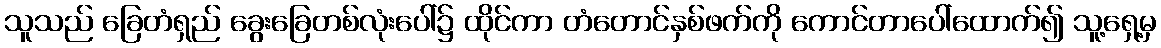
သူသည် ခြေတံရှည် ခွေးခြေတစ်လုံးပေါ်၌ ထိုင်ကာ တံတောင်နှစ်ဖက်ကို ကောင်တာပေါ်ထောက်၍ သူ့ရှေ့မှ